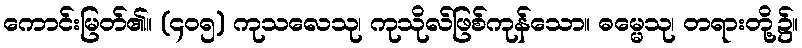
ကောင်းမြတ်၏။ (၄၀၅) ကုသလေသု၊ ကုသိုလ်ဖြစ်ကုန်သော။ ဓမ္မေသု၊ တရားတို့၌။